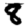
Digit: 8